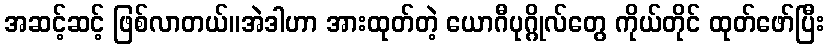
အဆင့်ဆင့် ဖြစ်လာတယ်။အဲဒါဟာ အားထုတ်တဲ့ ယောဂီပုဂ္ဂိုလ်တွေ ကိုယ်တိုင် ထုတ်ဖော်ပြီး